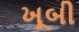
ખૂબી